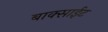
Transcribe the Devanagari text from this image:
बाक्साईट